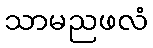
သာမညဖလံ